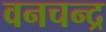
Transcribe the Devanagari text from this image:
वनचन्द्र